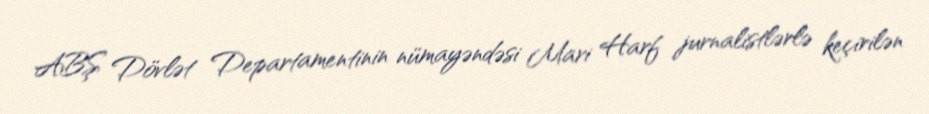
ABŞ Dövlət Departamentinin nümayəndəsi Mari Harf jurnalistlərlə keçirilən